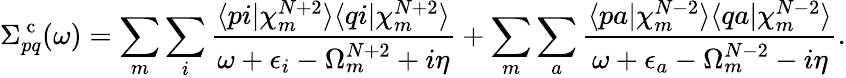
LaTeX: \Sigma_{pq}^{\mathrm{~c~}}(\omega)=\sum_{m}\sum_{i}\frac{\langle pi|\chi_{m}^{N+2}\rangle\langle qi|\chi_{m}^{N+2}\rangle}{\omega+\epsilon_{i}-\Omega_{m}^{N+2}+i\eta}+\sum_{m}\sum_{a}\frac{\langle pa|\chi_{m}^{N-2}\rangle\langle qa|\chi_{m}^{N-2}\rangle}{\omega+\epsilon_{a}-\Omega_{m}^{N-2}-i\eta}.